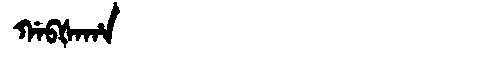
Manchu: ᡤᠠᠪᡧᠠᡥᠠ
Romanization: GABŠAHA